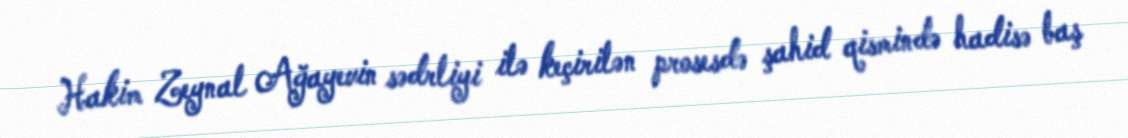
Hakim Zeynal Ağayevin sədrliyi ilə keçirilən prosesdə şahid qismində hadisə baş